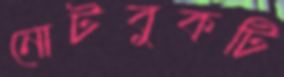
নোটবুকটি